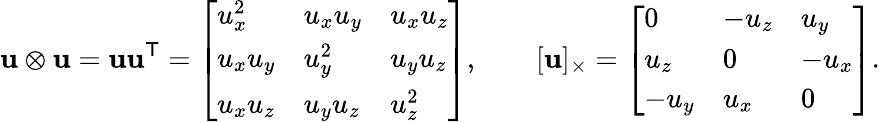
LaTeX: \mathbf{u}\otimes\mathbf{u}=\mathbf{u}\mathbf{u}^{\mathsf{T}}={\left[\begin{array}{lll}{u_{x}^{2}}&{u_{x}u_{y}}&{u_{x}u_{z}}\\ {u_{x}u_{y}}&{u_{y}^{2}}&{u_{y}u_{z}}\\ {u_{x}u_{z}}&{u_{y}u_{z}}&{u_{z}^{2}}\end{array}\right]},\qquad[\mathbf{u}]_{\times}={\left[\begin{array}{lll}{0}&{-u_{z}}&{u_{y}}\\ {u_{z}}&{0}&{-u_{x}}\\ {-u_{y}}&{u_{x}}&{0}\end{array}\right]}.